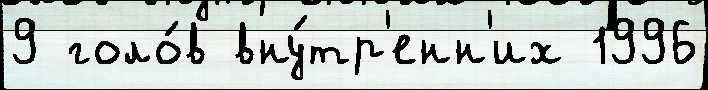
9 голо́в вну́тр'енн'их 1996